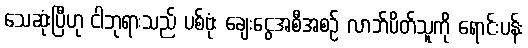
သေဆုံးပြီဟု ငါဘုရားသည် ပစ်ဗုံး ချေးငွေအစီအစဉ် လာဘ်ပိတ်သူကို ရောင်းပန်း